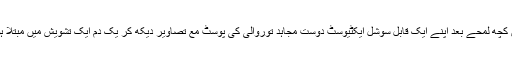
لیکن کچھ لمحے بعد اپنے ایک قابل سوشل ایکٹیوسٹ دوست مجاہد توروالی کی پوسٹ مع تصاویر دیکھ کر یک دم ایک تشویش میں مبتلا ہوگیا۔